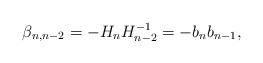
LaTeX: \begin{align*}\beta_{n,n-2}=-H_nH_{n-2}^{-1}=-b_nb_{n-1},\end{align*}